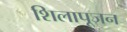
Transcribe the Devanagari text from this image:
शिलापूजन